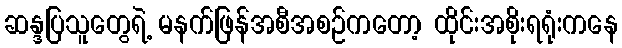
ဆန္ဒပြသူတွေရဲ့ မနက်ဖြန်အစီအစဉ်ကတော့ ထိုင်းအစိုးရရုံးကနေ